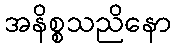
အနိစ္စသညိနော